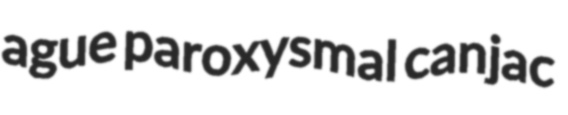
ague paroxysmal canjac